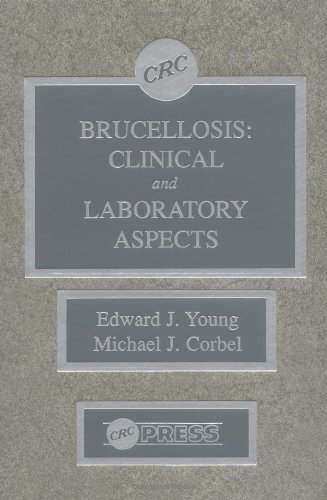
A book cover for Brucellosis: Clinical and Laboratory Aspects; Edward J. Young; Medical Books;